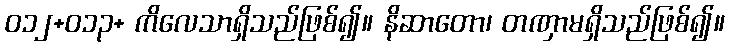
ဝ၁၂+၀၁၃+ ကိလေသာရှိသည်ဖြစ်၍။ နိဆာတော၊ တဏှာမရှိသည်ဖြစ်၍။